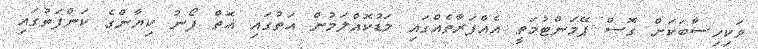
ވަކިހިސާބަކަށް ގޮސް ޕޭމަންޓުމަތީ އެއްފަރާތެއްގައި މަޑުކޮއްލަމުން އަތުގައި އޮތް ފޯނު ކިޔާންގެ ކަންފަތުގައި